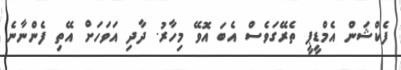
ފެކްޝަން އެމްޑީޕީ ތެރޭގަވެސް އެބަ އޮވޭ މިހާރު. ދާދި އަވަހަށް އޭތި ފެންނާނެ